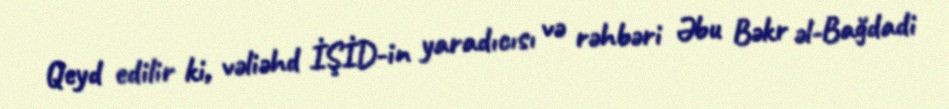
Qeyd edilir ki, vəliəhd İŞİD-in yaradıcısı və rəhbəri Əbu Bəkr əl-Bağdadi